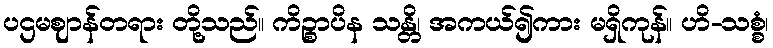
ပဌမဈာန်တရား တို့သည်။ ကိဉ္စာပိန သန္တိ၊ အကယ်၍ကား မရှိကုန်။ ဟိ-သစ္စံ၊